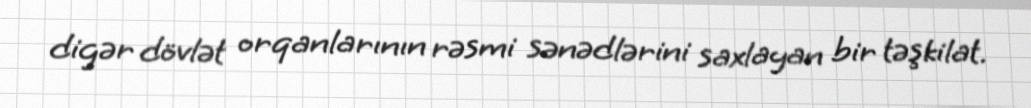
digər dövlət orqanlarının rəsmi sənədlərini saxlayan bir təşkilat.